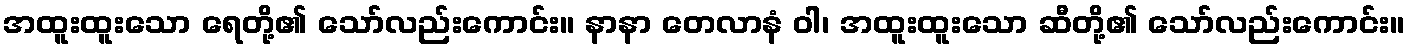
အထူးထူးသော ရေတို့၏ သော်လည်းကောင်း။ နာနာ တေလာနံ ဝါ၊ အထူးထူးသော ဆီတို့၏ သော်လည်းကောင်း။